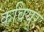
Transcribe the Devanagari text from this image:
कवियूर